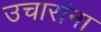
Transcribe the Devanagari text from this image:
उचारांना